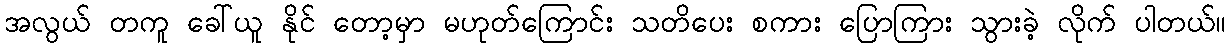
အလွယ် တကူ ခေါ်ယူ နိုင် တော့မှာ မဟုတ်ကြောင်း သတိပေး စကား ပြောကြား သွားခဲ့ လိုက် ပါတယ်။